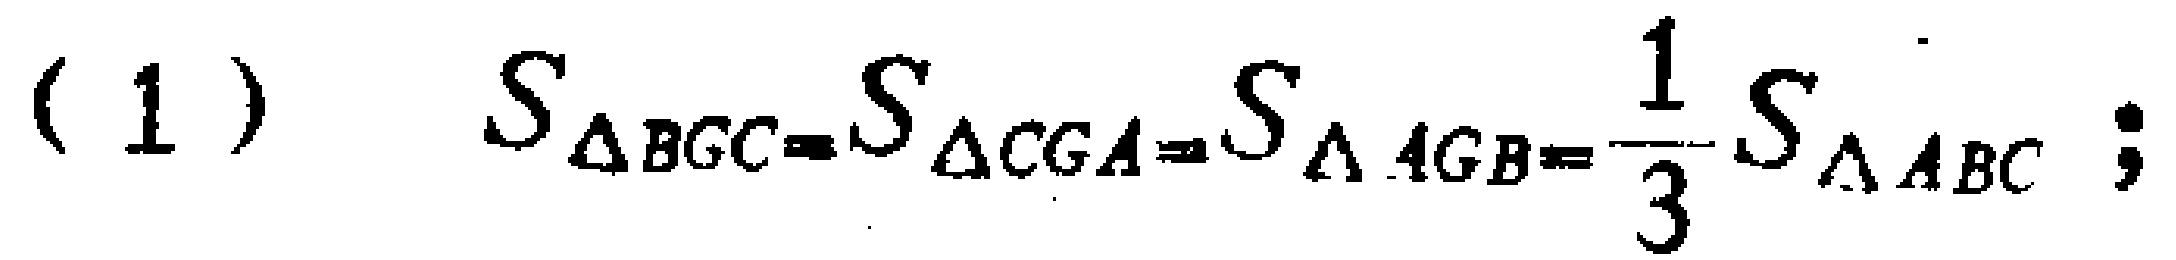
(1) $S_{\triangle BGC}=S_{\triangle CGA}=S_{\triangle AGB}=\frac{1}{3}S_{\triangle ABC};$